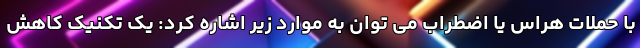
با حملات هراس یا اضطراب می توان به موارد زیر اشاره کرد: یک تکنیک کاهش